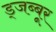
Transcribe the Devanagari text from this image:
ड्जब्बूर